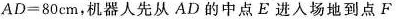
AD=80cm，机器人先从AD的中点E进入场地到点F